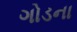
ગોડના